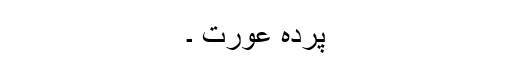
پردہ عورت ۔